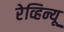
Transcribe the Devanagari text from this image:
रेव्हिन्यू